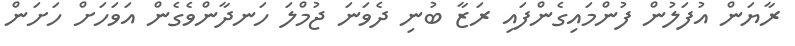
ރާޔަން އުފަލުން ފުންމައިގެންފައި ރަޒާ ބުނި ދެވަނަ ޖުމްލަ ހަނދާންވެގެން އަވަހަށް ހަށަން